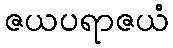
ဇယပရာဇယံ